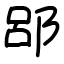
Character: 郘